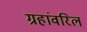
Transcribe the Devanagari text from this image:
ग्रहांवरिल